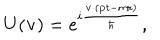
LaTeX: U ( { \bf v } ) = e ^ { i \frac { { \bf v } \cdot ( { \bf p } t - m { \bf r } ) } { \hbar } } ,